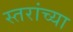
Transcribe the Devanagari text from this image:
स्तरांच्या